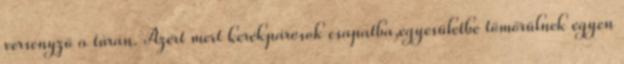
versenyző a túrán. Azért mert kerékpárosok csapatba,egyesületbe tömörülnek egyen